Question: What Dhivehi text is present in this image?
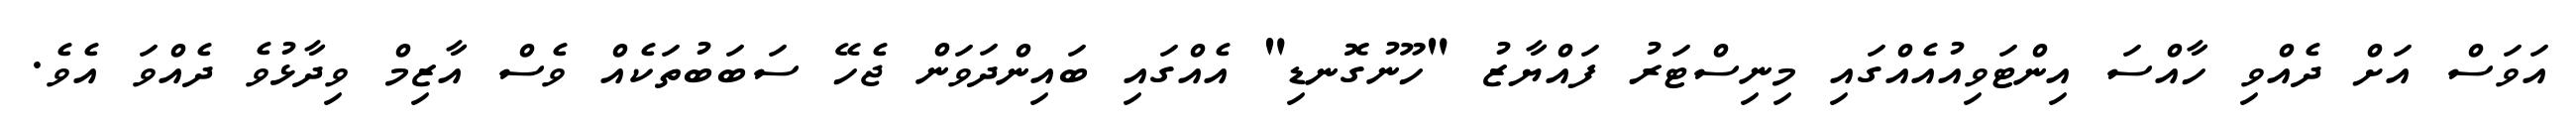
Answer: އަވަސް އަށް ދެއްވި ހާއްސަ އިންޓަވިއުއެއްގައި މިނިސްޓަރު ފައްޔާޒު "ހޫނުގޮނޑި" އެއްގައި ބައިންދަވަން ޖެހޭ ސަބަބުތަކެއް ވެސް އާޒިމް ވިދާޅުވެ ދެއްވަ އެވެ.